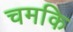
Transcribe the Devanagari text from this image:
चमकि